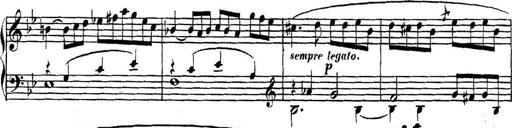
Title: Collected Piano Sonatas
Composer: Muzio Clementi